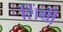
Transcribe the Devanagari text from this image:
शिंग्री